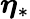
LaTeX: \boldsymbol{\eta}_{*}